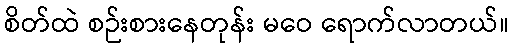
စိတ်ထဲ စဉ်းစားနေတုန်း မဝေ ရောက်လာတယ်။